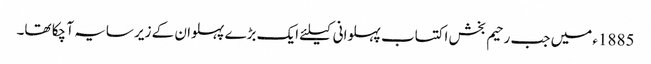
1885ء میں جب رحیم بخش اکتساب پہلوانی کیلئے ایک بڑے پہلوان کے زیر سایہ آ چکا تھا۔